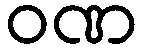
ဝဏ